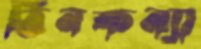
তিনকন্যা